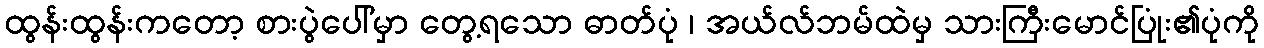
ထွန်းထွန်းကတော့ စားပွဲပေါ်မှာ တွေ့ရသော ဓာတ်ပုံ ၊ အယ်လ်ဘမ်ထဲမှ သားကြီးမောင်ပြုံး၏ပုံကို